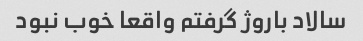
سالاد باروژ گرفتم واقعا خوب نبود